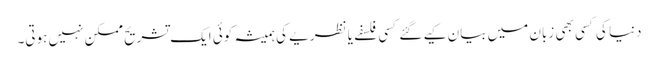
دنیا کی کسی بھی زبان میں بیان کیے گئے کسی فلسفے یا نظریے کی ہمیشہ کوئی ایک تشریح ممکن نہیں ہوتی۔